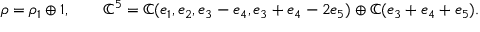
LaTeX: \rho = \rho _ { 1 } \oplus 1 , \qquad \mathbb { C } ^ { 5 } = \mathbb { C } ( e _ { 1 } , e _ { 2 } , e _ { 3 } - e _ { 4 } , e _ { 3 } + e _ { 4 } - 2 e _ { 5 } ) \oplus \mathbb { C } ( e _ { 3 } + e _ { 4 } + e _ { 5 } ) .